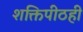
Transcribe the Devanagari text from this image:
शक्तिपीठही